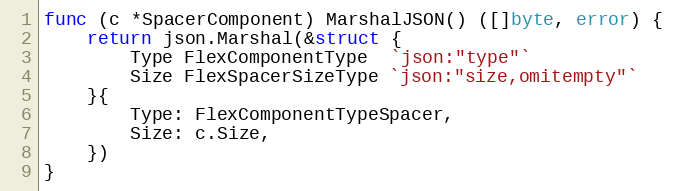
Language: Go
func (c *SpacerComponent) MarshalJSON() ([]byte, error) {
	return json.Marshal(&struct {
		Type FlexComponentType  `json:"type"`
		Size FlexSpacerSizeType `json:"size,omitempty"`
	}{
		Type: FlexComponentTypeSpacer,
		Size: c.Size,
	})
}